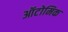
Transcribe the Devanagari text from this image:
ऑटोमिक